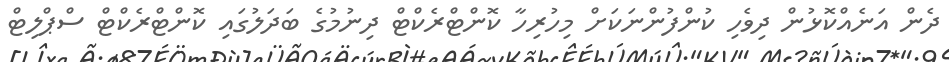
ދެން އަނެއްކޮޅުން ދިވެހި ކުންފުންނަކަށް މިހުރިހާ ކޮންޓްރެކްޓް ދިނުމުގެ ބަދަލުގައި ކޮންޓްރެކްޓް ސްޕްލިޓް